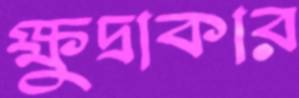
ক্ষুদ্রাকার